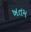
ખતમ